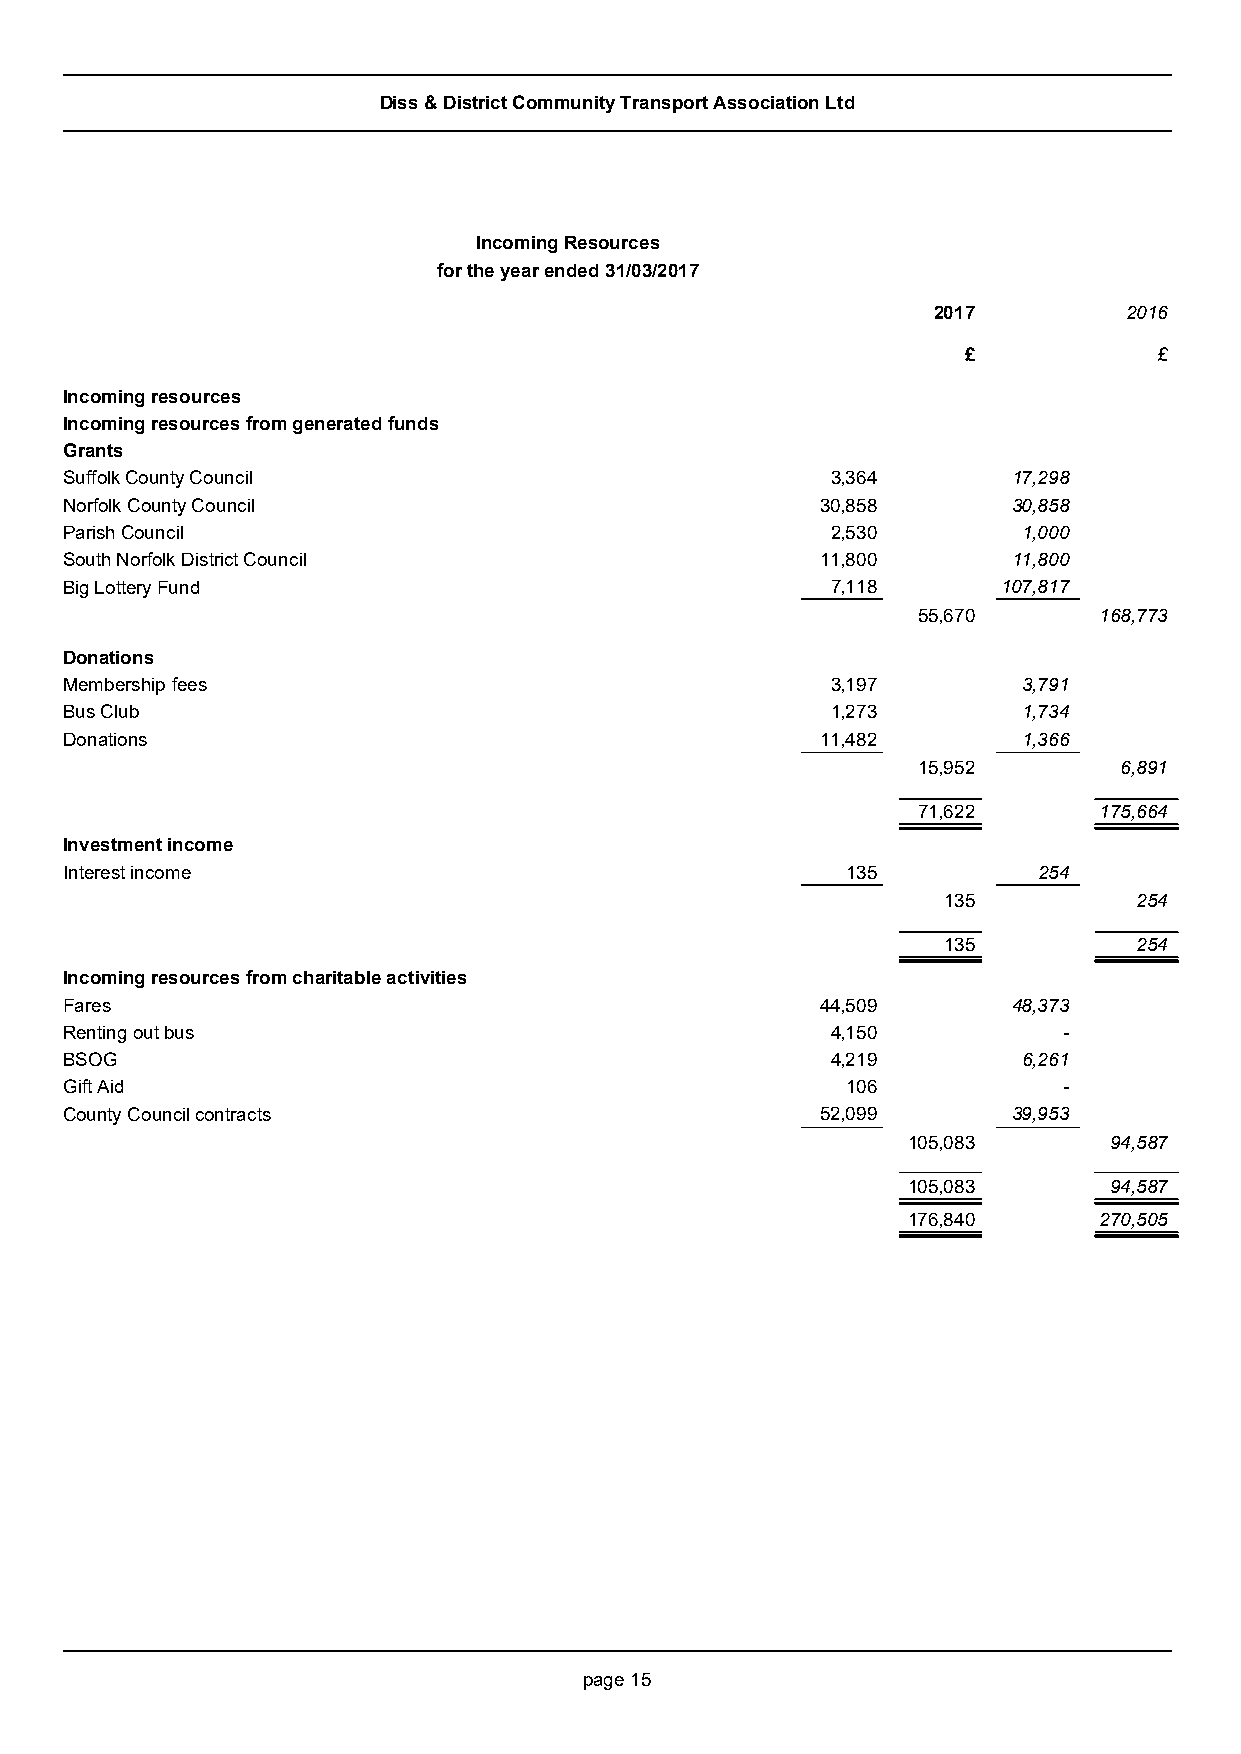
Diss & District Community Transport Association Ltd
 Incoming Resources
 for the year ended31/03/2017
 2017        2016
 £            £
 Incoming resources
 Incoming resources from generated funds
 Grants
 Suffolk County Council                             3,364       17,298
 Norfolk County Council                            30,858       30,858
 Parish Council                                     2,530        1,000
 South Norfolk District Council                    11,800       11,800
 Big Lottery Fund                                   7,118      107,817
 55,670      168,773
 Donations
 Membership fees                                    3,197        3,791
 Bus Club                                           1,273        1,734
 Donations                                         11,482        1,366
 15,952       6,891
 71,622      175,664
 Investment income
 Interest income                                     135          254
 135          254
 135          254
 Incoming resources from charitable activities
 Fares                                             44,509       48,373
 Renting out bus                                    4,150          -
 BSOG                                               4,219        6,261
 Gift Aid                                            106           -
 County Council contracts                          52,099       39,953
 105,083      94,587
 105,083      94,587
 176,840      270,505
 page 15